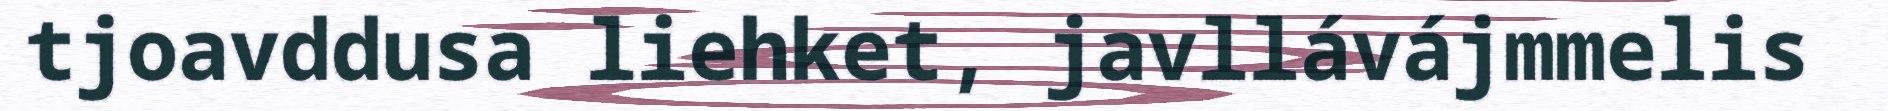
tjoavddusa liehket, javllávájmmelis